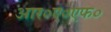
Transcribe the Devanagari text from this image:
आर०ए०एफ०